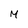
Character: M